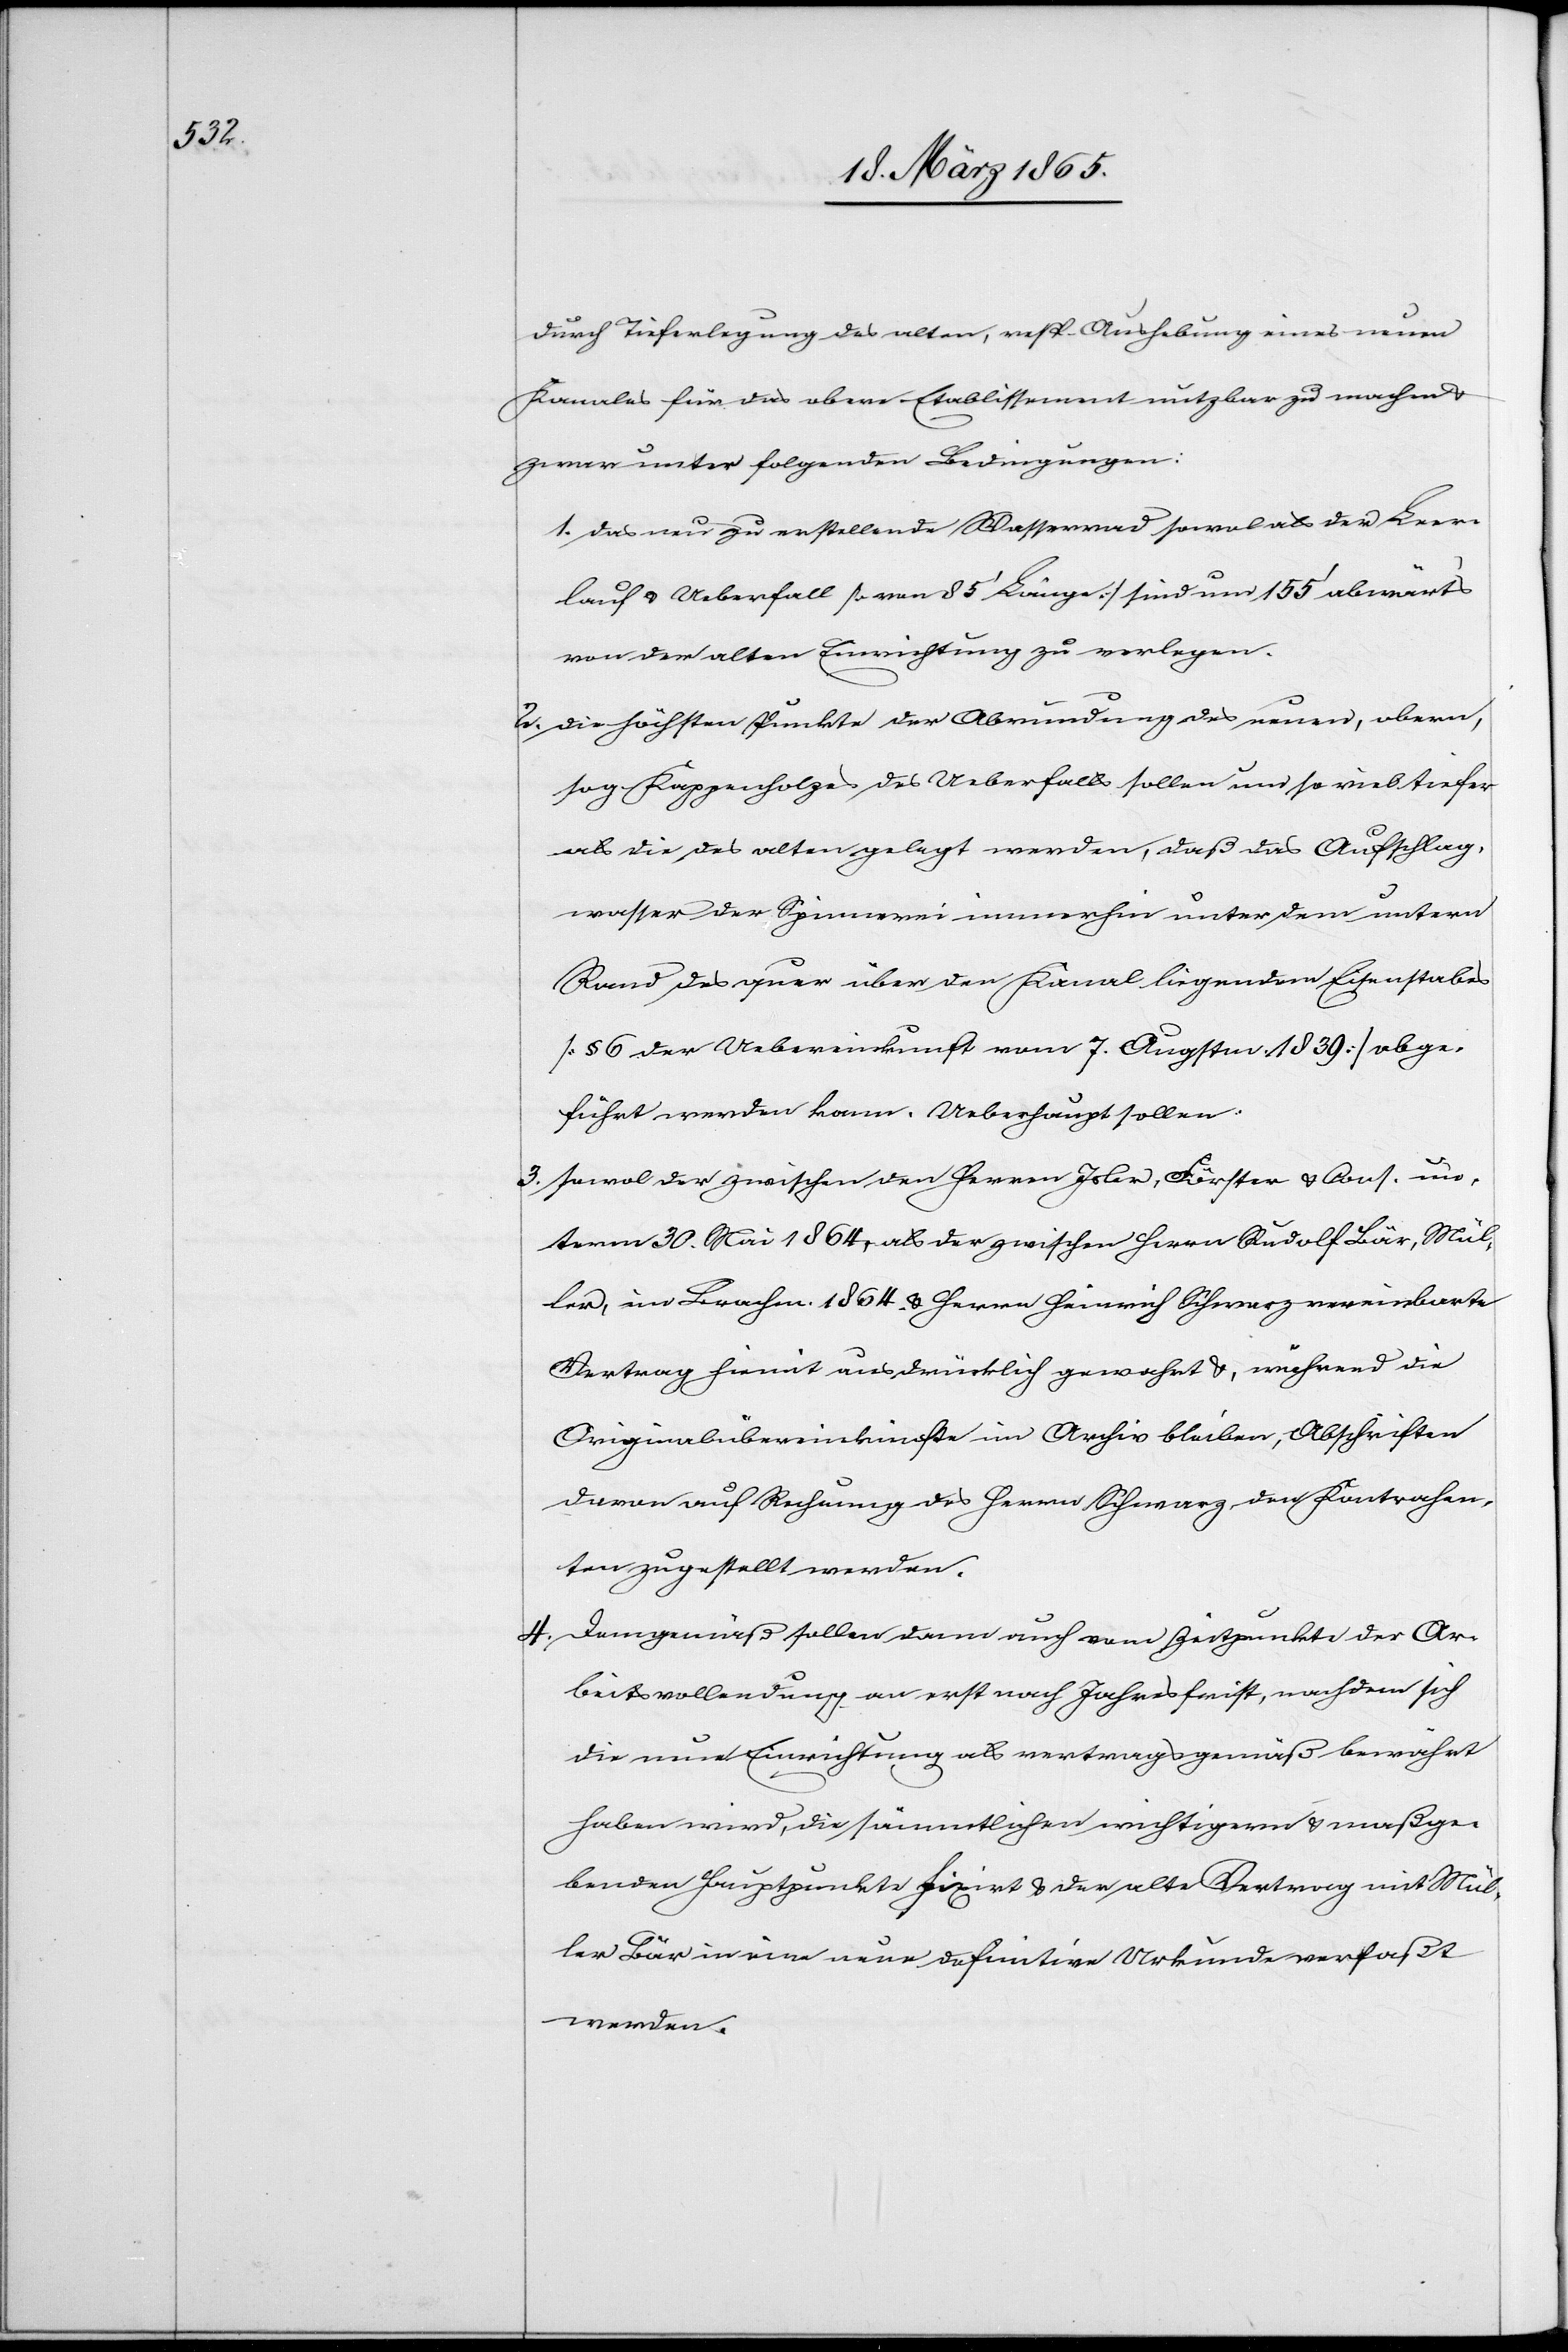
durch Tieferlegung des alten, resp. Aushebung eines neuen
Kanales für das obere Etablissement nutzbar zu machen &
zwar unter folgenden Bedingungen:
1. Das neu zu erstellende Wasserrad sowol als der Leer¬
lauf & Ueberfall [von 85’ Länge] sind um 155’ abwärts
von der alten Einrichtung zu verlegen.
2. Die höchsten Punkte der Abrundung des neuen, obern,
sog. Kappenholzes des Ueberfalls sollen um so viel tiefer
als die des alten gelegt werden, daß das Aufschlag¬
wasser der Spinnerei immerhin unter dem untern
Rand des quer über den Kanal liegenden Eisenstabes
[§ 6 der Uebereinkunft vom 7. Augstm. 1839] abge¬
führt werden kann. Ueberhaupt sollen
3. sowol der zwischen den Herren Isler, Förster & Cons. un¬
term 30. Mai 1864, als der zwischen Herrn Rudolf Bär, Mül¬
ler, im Brachm. 1864 & Herrn Heinrich Schwarz vereinbarte
Vertrag hiemit ausdrücklich gewahrt &, während die
Originalübereinkünfte im Archiv bleiben, Abschriften
davon auf Rechnung des Herrn Schwarz den Kontrahen¬
ten zugestellt werden.
4. Demgemäß sollten dann auch vom Zeitpunkte der Ar¬
beitsvollendung an erst nach Jahresfrist, nachdem sich
die neue Einrichtung als vertragsgemäß bewährt
haben wird, die sämmtlichen wichtigern & maßge¬
benden Hauptpunkte fixirt & der alte Vertrag mit Mül¬
ler Bär in eine neue definitive Urkunde verfaßt
werden.